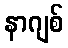
နာဂျစ်